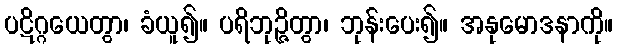
ပဋိဂ္ဂယေတွာ၊ ခံယူ၍။ ပရိဘုဉ္ဇိတွာ၊ ဘုန်းပေး၍။ အနုမောဒနာကို။